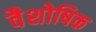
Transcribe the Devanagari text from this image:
वैशोषिक